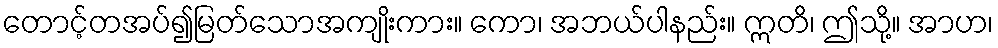
တောင့်တအပ်၍မြတ်သောအကျိုးကား။ ကော၊ အဘယ်ပါနည်း။ ဣတိ၊ ဤသို့။ အာဟ၊